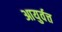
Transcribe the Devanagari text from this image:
आयुर्वत्त